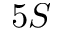
5 S